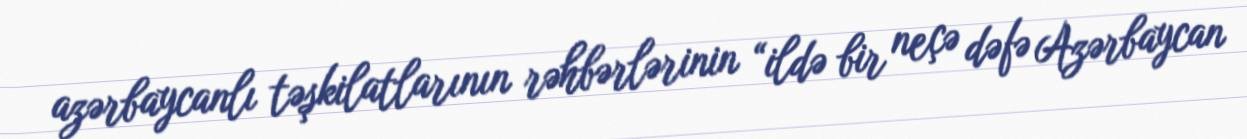
azərbaycanlı təşkilatlarının rəhbərlərinin “ildə bir neçə dəfə Azərbaycan